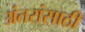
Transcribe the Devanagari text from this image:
अंतरांसाठी